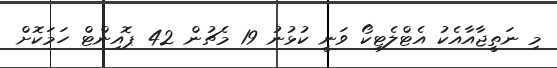
މި ނަތީޖާއާއެކު އެޓްލެޓިކޯ ވަނީ ކުޅުނު 19 މެޗުން 42 ޕޮއިންޓް ހަމަކޮށް